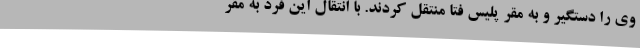
وی را دستگیر و به مقر پلیس فتا منتقل کردند. با انتقال این فرد به مقر